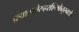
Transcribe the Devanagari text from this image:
ब्रह्माम्भोरुहरश्मिकेतुरनघो